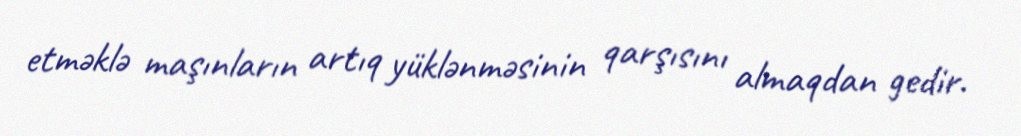
etməklə maşınların artıq yüklənməsinin qarşısını almaqdan gedir.